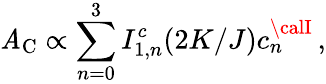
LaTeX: \mathit{A}_{\mathrm{{C}}}\propto\sum_{n=0}^{3}I_{1,n}^{c}(2K/J)c_{n}^{\calI}\, ,